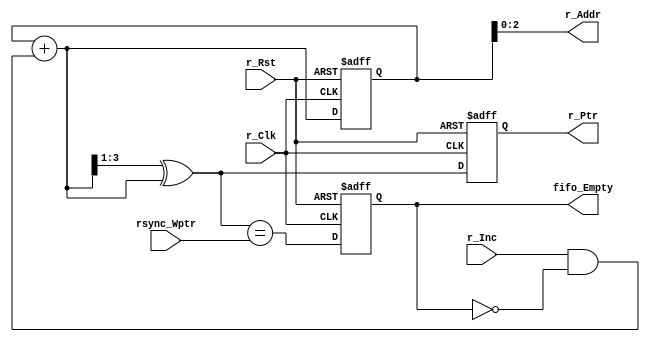
//verilog code for FIFO EMPTY condition 
module FIFO_Empty #(parameter address_Size=3)(
		output [address_Size-1:0]r_Addr,		//Address to which the FIFO output should be read, Read pointer 
								//always points to the address to be read next 
		input r_Clk,					//Read Clock domain clock
		input r_Inc, 					//Used to increment the Read pointer 
		output reg [address_Size:0]r_Ptr, 			//Read pointer which points to the address to be read 
		input r_Rst, 					//Reset in Read clock domain 
		output reg fifo_Empty, 				//Gets asserted when FIFO is emptyy
		input [address_Size:0]rsync_Wptr);		//read pointer synched with write pointer in Read clock domain 

		reg [address_Size:0] r_Bin;			//To store Binary value
		wire [address_Size:0] r_BinNext, r_GrayNext;	//To store next binary and gray values 
		wire r_empty;

//Assigning gray value to FIFO read pointer which always points the next address to be written 
//Updating the binary value which is the address of the FIFO to be written 
always @(posedge r_Clk, negedge r_Rst)begin 
	if(!r_Rst)begin 
		r_Bin <= 0;
		r_Ptr  <= 0;
	end
	else begin
		r_Bin <= r_BinNext;
		r_Ptr <= r_GrayNext;
	end

end

//The current Binary value is the address to be written hence assigning it to the address
assign r_Addr = r_Bin;

//Calculating next address value basing on rin and fifo Empty conditions, if FIFO is empty then we dont increment the address 
assign r_BinNext = r_Bin + (r_Inc & ~fifo_Empty);

//Converting binary to gray value to calculate the next read pointer value as the tendency to get errors in gray values is less 
//coz there is a change only in one bit at a time even if the transitor switching is problem the errors would be less 
assign r_GrayNext = (r_BinNext>>1) ^ r_BinNext;

//comparing the read clock domain synchronized write pointer and calcuated gray value of the read pointer to see if they match 
//if they are same then FIFO is empty
assign r_empty = (r_GrayNext == rsync_Wptr); 

//asserting FIFO empty output after comapring the read and write pointers 
always@(posedge r_Clk, negedge r_Rst) begin 
	if(!r_Rst)
		fifo_Empty <= 1'b1;
	else 
		fifo_Empty <= r_empty;
end 
endmodule